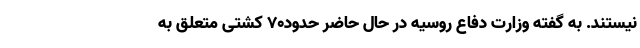
نیستند. به گفته وزارت دفاع روسیه در حال حاضر حدود۷۰ کشتی متعلق به